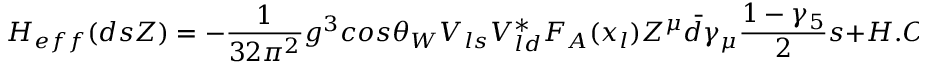
H _ { e f f } ( d s Z ) = - { \frac { 1 } { 3 2 \pi ^ { 2 } } } g ^ { 3 } c o s \theta _ { W } V _ { l s } V _ { l d } ^ { * } F _ { A } ( x _ { l } ) Z ^ { \mu } \bar { d } \gamma _ { \mu } { \frac { 1 - \gamma _ { 5 } } { 2 } } s + H . C . \; ,